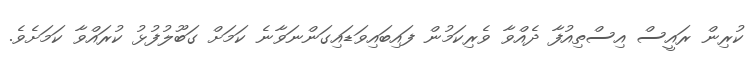
ކުރިން ރައީސް އިސްތިއުފާ ދެއްވާ ވެރިކަމުން ފައިބައިވަޑައިގަންނަވާނެ ކަމަށް ގަބޫލުފުޅު ކުރައްވާ ކަމަށެވެ.